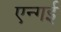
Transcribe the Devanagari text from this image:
एन्गई